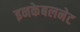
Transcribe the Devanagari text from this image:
इनकेबलनेट